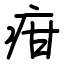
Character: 疳